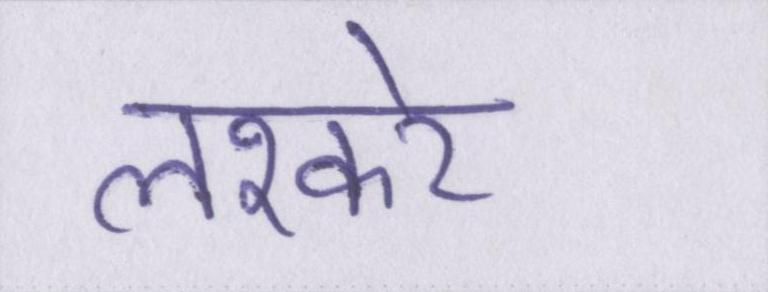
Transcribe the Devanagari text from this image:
लश्करे